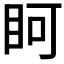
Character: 𭾨